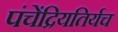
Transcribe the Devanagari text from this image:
पंचेंद्रियतिर्यच